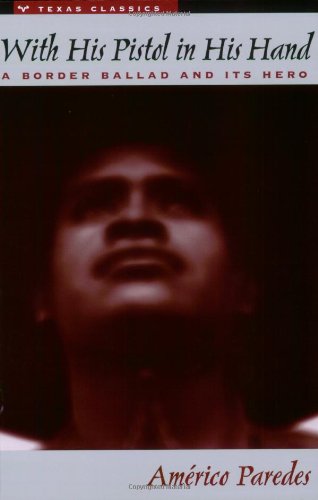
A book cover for "With His Pistol in His Hand": A Border Ballad and Its Hero (Texas Classics); AmÃ©rico Paredes; Literature & Fiction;